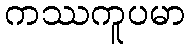
ကဿကူပမာ